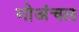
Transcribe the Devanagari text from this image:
गोअंचल